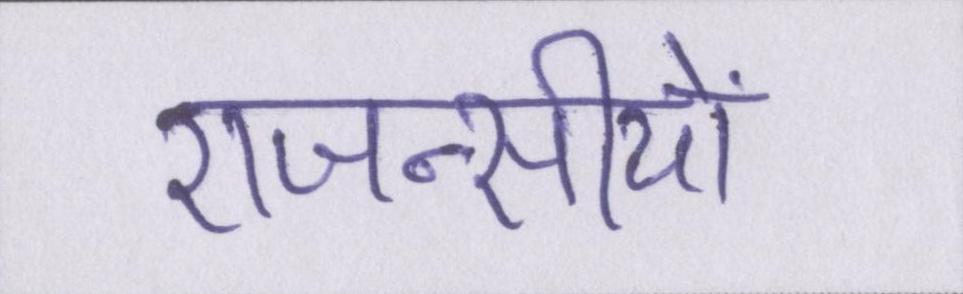
एजन्सीयों